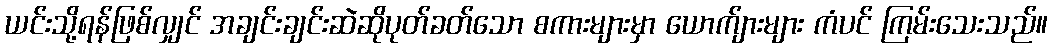
ယင်းသို့ရန်ဖြစ်လျှင် အချင်းချင်းဆဲဆိုပုတ်ခတ်သော စကားများမှာ ယောက်ျားများ ကံပင် ကြမ်းသေးသည်။